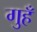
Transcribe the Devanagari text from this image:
गुहँ